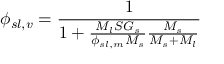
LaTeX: \phi _ { s l , v } = { \frac { 1 } { 1 + { \frac { M _ { l } S G _ { s } } { \phi _ { s l , m } M _ { s } } } { \frac { M _ { s } } { M _ { s } + M _ { l } } } } }